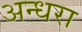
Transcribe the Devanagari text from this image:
अन्धरा